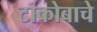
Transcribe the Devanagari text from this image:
टाकोबाचे